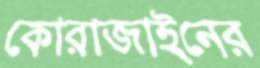
কোরাজাইনের